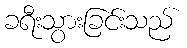
ခရီးသွားခြင်းသည်